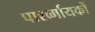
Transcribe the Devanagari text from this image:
पार्श्व्गायकों